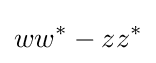
ww^{*}-zz^{*}